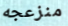
منزعجه